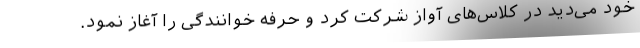
خود می‌دید در کلاس‌های آواز شرکت کرد و حرفه خوانندگی را آغاز نمود.